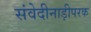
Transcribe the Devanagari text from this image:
संवेदीनाड़ीपरक